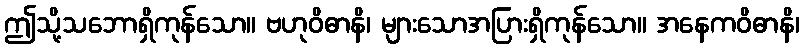
ဤသို့သဘောရှိကုန်သော။ ဗဟုဝိဓာနိ၊ များသောအပြားရှိကုန်သော။ အနေကဝိဓာနိ၊